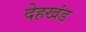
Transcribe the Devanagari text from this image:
देहखंड